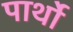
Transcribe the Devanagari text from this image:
पार्थो